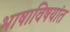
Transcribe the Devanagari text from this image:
भाषाविषयांत